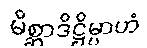
မိစ္ဆာဒိဋ္ဌိမ္ပာဟံ